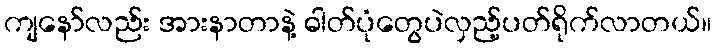
ကျနော်လည်း အားနာတာနဲ့ ဓါတ်ပုံတွေပဲလှည့်ပတ်ရိုက်လာတယ်။